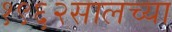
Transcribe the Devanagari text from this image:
१९६२सालच्या